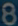
Transcribe